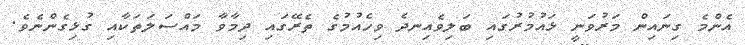
އެންމެ ގިނައިން މަރުވަނީ ޅައުމުރުގައި ބަލިވެއިނދެ ވިހެއުމުގެ ތެރޭގައި ދިމާވާ މައްސަލަތަކާއި ގުޅިގެންނެވެ.